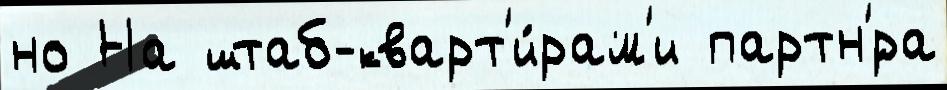
но На штаб-кварт'и́рам'и партн'́ра